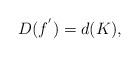
LaTeX: \begin{align*}D(f^{'})=d(K),\end{align*}